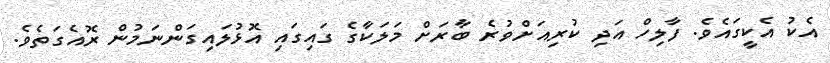
އެކު އެކީގައެވެ. ފާލިހް އަދި ކުރިއަށްވުރެ ބާރަށް މަލަކާގެ ގައިގައި އޮޅުލައިގަންނަމުން ރޮއެގަތެވެ.